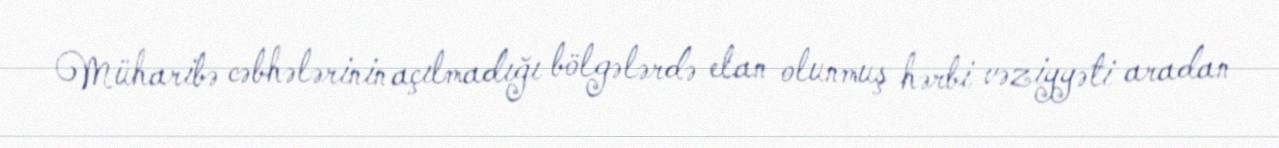
Müharibə cəbhələrinin açılmadığı bölgələrdə elan olunmuş hərbi vəziyyəti aradan